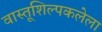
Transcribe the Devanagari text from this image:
वास्तूशिल्पकलेला